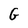
Character: G